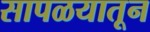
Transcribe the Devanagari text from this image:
सापळयातून